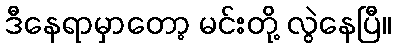
ဒီနေရာမှာတော့ မင်းတို့ လွဲနေပြီ။